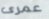
عمرى